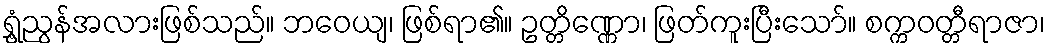
ရွှံ့ညွန်အလားဖြစ်သည်။ ဘဝေယျ၊ ဖြစ်ရာ၏။ ဥတ္တိဏ္ဏော၊ ဖြတ်ကူးပြီးသော်။ စက္ကဝတ္တီရာဇာ၊